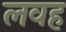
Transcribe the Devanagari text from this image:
लवह